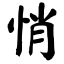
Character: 悄